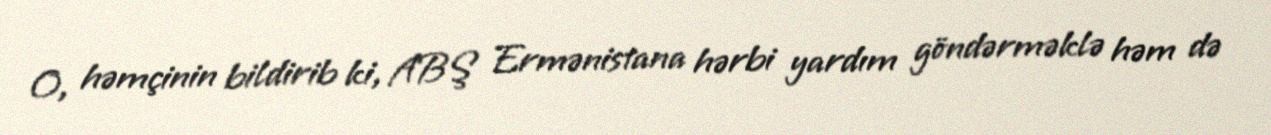
O, həmçinin bildirib ki, ABŞ Ermənistana hərbi yardım göndərməklə həm də